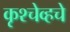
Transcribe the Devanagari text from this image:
कृश्चेव्हचे